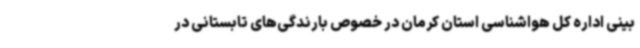
بینی اداره کل هواشناسی استان کرمان در خصوص بارندگی‌های تابستانی در